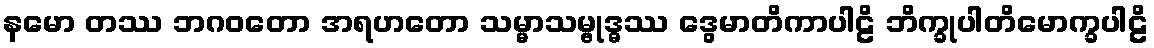
နမော တဿ ဘဂဝတော အရဟတော သမ္မာသမ္ဗုဒ္ဓဿ ဒွေမာတိကာပါဠိ ဘိက္ခုပါတိမောက္ခပါဠိ